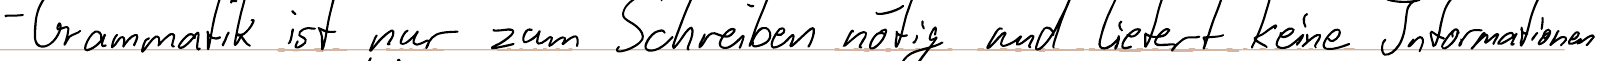
- Grammatik ist nur zum Schreiben nötig und liefert keine Informationen